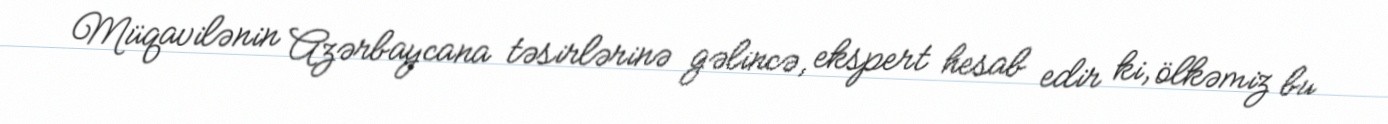
Müqavilənin Azərbaycana təsirlərinə gəlincə, ekspert hesab edir ki, ölkəmiz bu